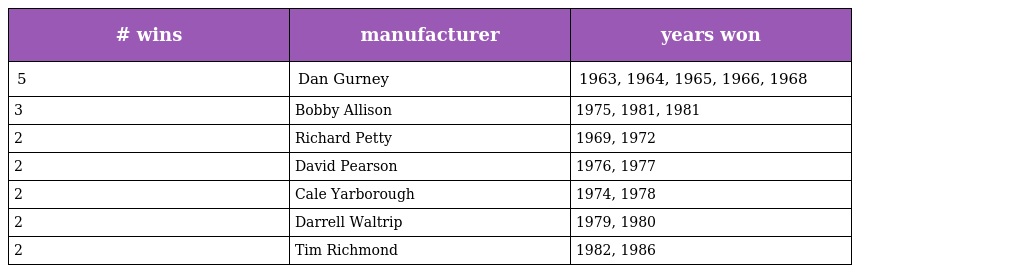
| # wins | manufacturer | years won |
 | --- | --- | --- |
 | 5 | Dan Gurney | 1963, 1964, 1965, 1966, 1968 |
 | 3 | Bobby Allison | 1975, 1981, 1981 |
 | 2 | Richard Petty | 1969, 1972 |
 | 2 | David Pearson | 1976, 1977 |
 | 2 | Cale Yarborough | 1974, 1978 |
 | 2 | Darrell Waltrip | 1979, 1980 |
 | 2 | Tim Richmond | 1982, 1986 |